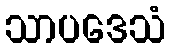
သာပဒေသံ